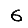
Digit: 6